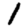
Digit: 1